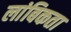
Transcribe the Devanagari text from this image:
लांबिकता